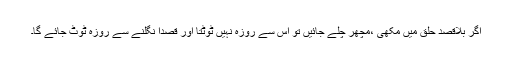
اگر بلاقصد حلق میں مکھی ،مچھر چلے جائیں تو اس سے روزہ نہیں ٹوٹتا اور قصدا نگلنے سے روزہ ٹوٹ جائے گا۔